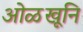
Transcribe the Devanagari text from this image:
ओळखूनि